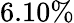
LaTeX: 6.10\%